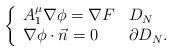
LaTeX: \begin{align*}\left\{\begin{array}{ll} A_1^{\mu}\nabla\phi=\nabla F &D_N\\ \nabla \phi\cdot \vec{n}=0 &\partial D_N.\\ \end{array} \right.\end{align*}